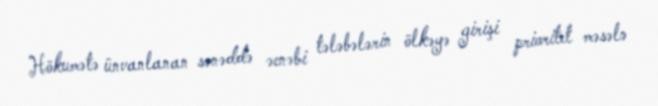
Hökumətə ünvanlanan sənəddə əcnəbi tələbələrin ölkəyə girişi prioritet məsələ